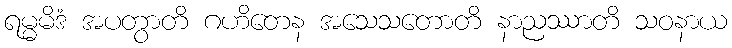
ရမ္မမိဒံ အပတွာတိ ဂဟိတေန အသေသတောတိ နာညဿာတိ သဝနာယ